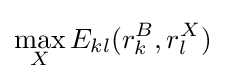
\max _{X}E_{kl}(r_{k}^{B},r_{l}^{X})